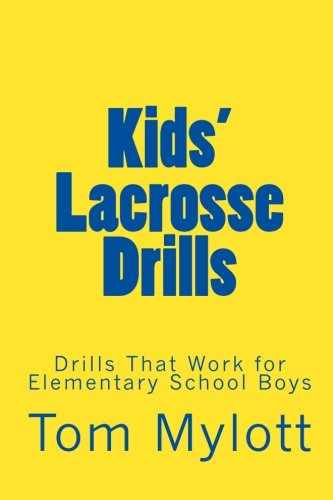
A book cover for Kids' Lacrosse Drills: Drills That Work for Elementary School Boys; Tom Mylott; Sports & Outdoors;